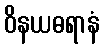
ဝိနယဓရာနံ